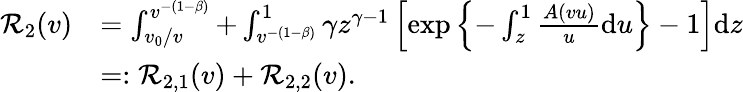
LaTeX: \begin{array}{rl}{\mathcal{R}_{2}(v)}&{=\int_{v_{0}/v}^{v^{-(1-\beta)}}+\int_{v^{-(1-\beta)}}^{1}\gamma z^{\gamma-1}\left[\exp\left\lbrace-\int_{z}^{1}\frac{A(vu)}{u}\mathrm{d}u\right\rbrace-1\right]\mathrm{d}z}\\ &{=:\mathcal{R}_{2,1}(v)+\mathcal{R}_{2,2}(v).}\end{array}